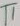
Text: T1